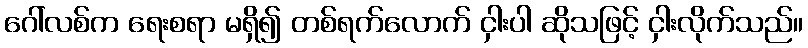
ဂေါ်လစ်က ရေးစရာ မရှိ၍ တစ်ရက်လောက် ငှါးပါ ဆိုသဖြင့် ငှါးလိုက်သည်။